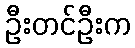
ဦးတင်ဦးက